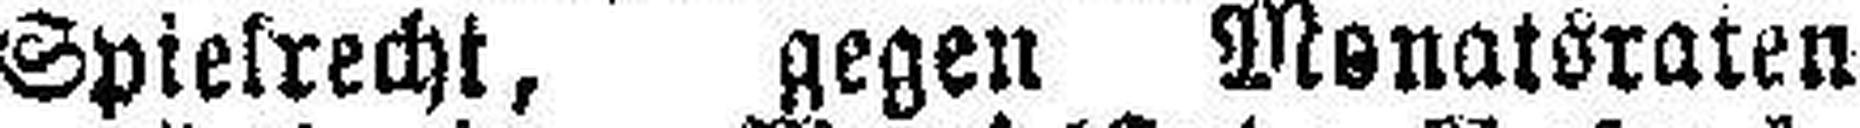
Spielrecht, gegen Monatsraten